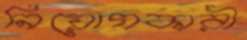
নিয়োগকারী